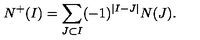
N ^ { + } ( I ) = \sum _ { J \subset I } ( - 1 ) ^ { | I - J | } N ( J ) .